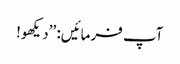
آپ فرمائیں: ’’دیکھو!